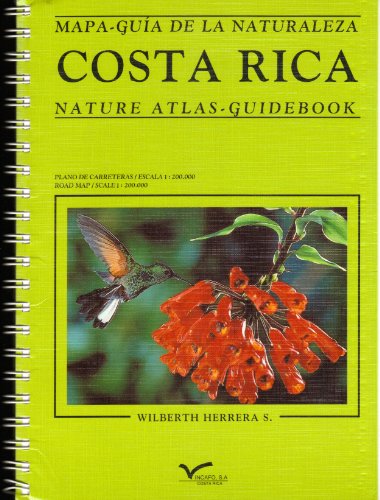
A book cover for Costa Rica: Mapa-guia de la naturaleza: Nature Atlas - Guidebook; Wilberth Herrera; Travel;